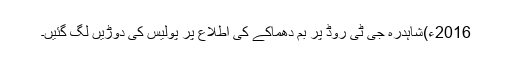
2016ء)شاہدرہ جی ٹی روڈ پر بم دھماکے کی اطلاع پر پولیس کی دوڑیں لگ گئیں۔